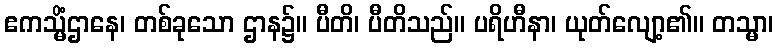
ဧကသ္မိံဌာနေ၊ တစ်ခုသော ဌာန၌။ ပီတိ၊ ပီတိသည်။ ပရိဟီနာ၊ ယုတ်လျော့၏။ တသ္မာ၊